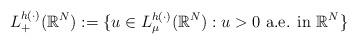
LaTeX: \begin{align*} L^{h(\cdot)}_{+}(\mathbb{R}^{N}):=\{ u \in L^{h(\cdot)}_{\mu}(\mathbb{R}^{N}): u>0 \mbox{ a.e. in } \mathbb{R}^{N} \} \end{align*}